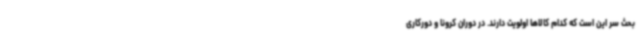
بحث سر این است که کدام کالاها اولویت دارند. در دوران کرونا و دورکاری